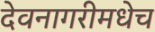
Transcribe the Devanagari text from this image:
देवनागरीमधेच